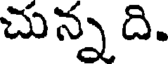
చున్న ది.